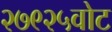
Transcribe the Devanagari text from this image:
२७९२५वोट